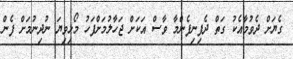
ގެޔަށް ދެވުމާއެކު ގަތް ދެފިނިފެންމާ ވާސް އަކަށް ޖަހާލުމަށްފަހު މޯޅިވިޔަ ނުދިނުމަށް ފެން